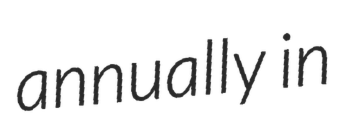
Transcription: annually in